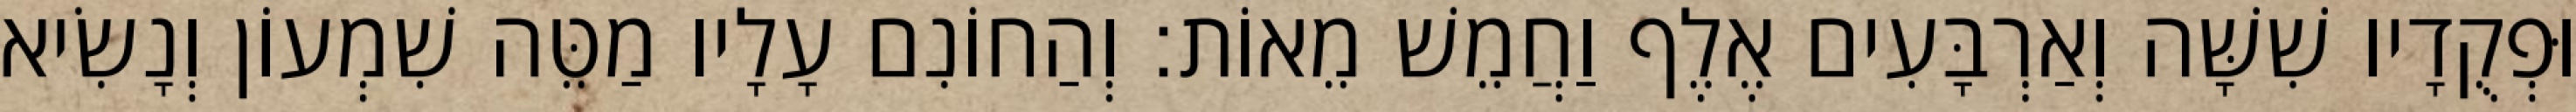
וּפְקֻדָיו שִׁשָּׁה וְאַרְבָּעִים אֶלֶף וַחֲמֵשׁ מֵאוֹת׃ וְהַחוֹנִם עָלָיו מַטֵּה שִׁמְעוֹן וְנָשִׂיא